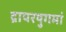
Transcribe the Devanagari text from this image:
द्रापरयुगमां